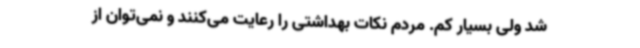
شد ولی بسیار کم. مردم نکات بهداشتی را رعایت می‌کنند و نمی‌توان از